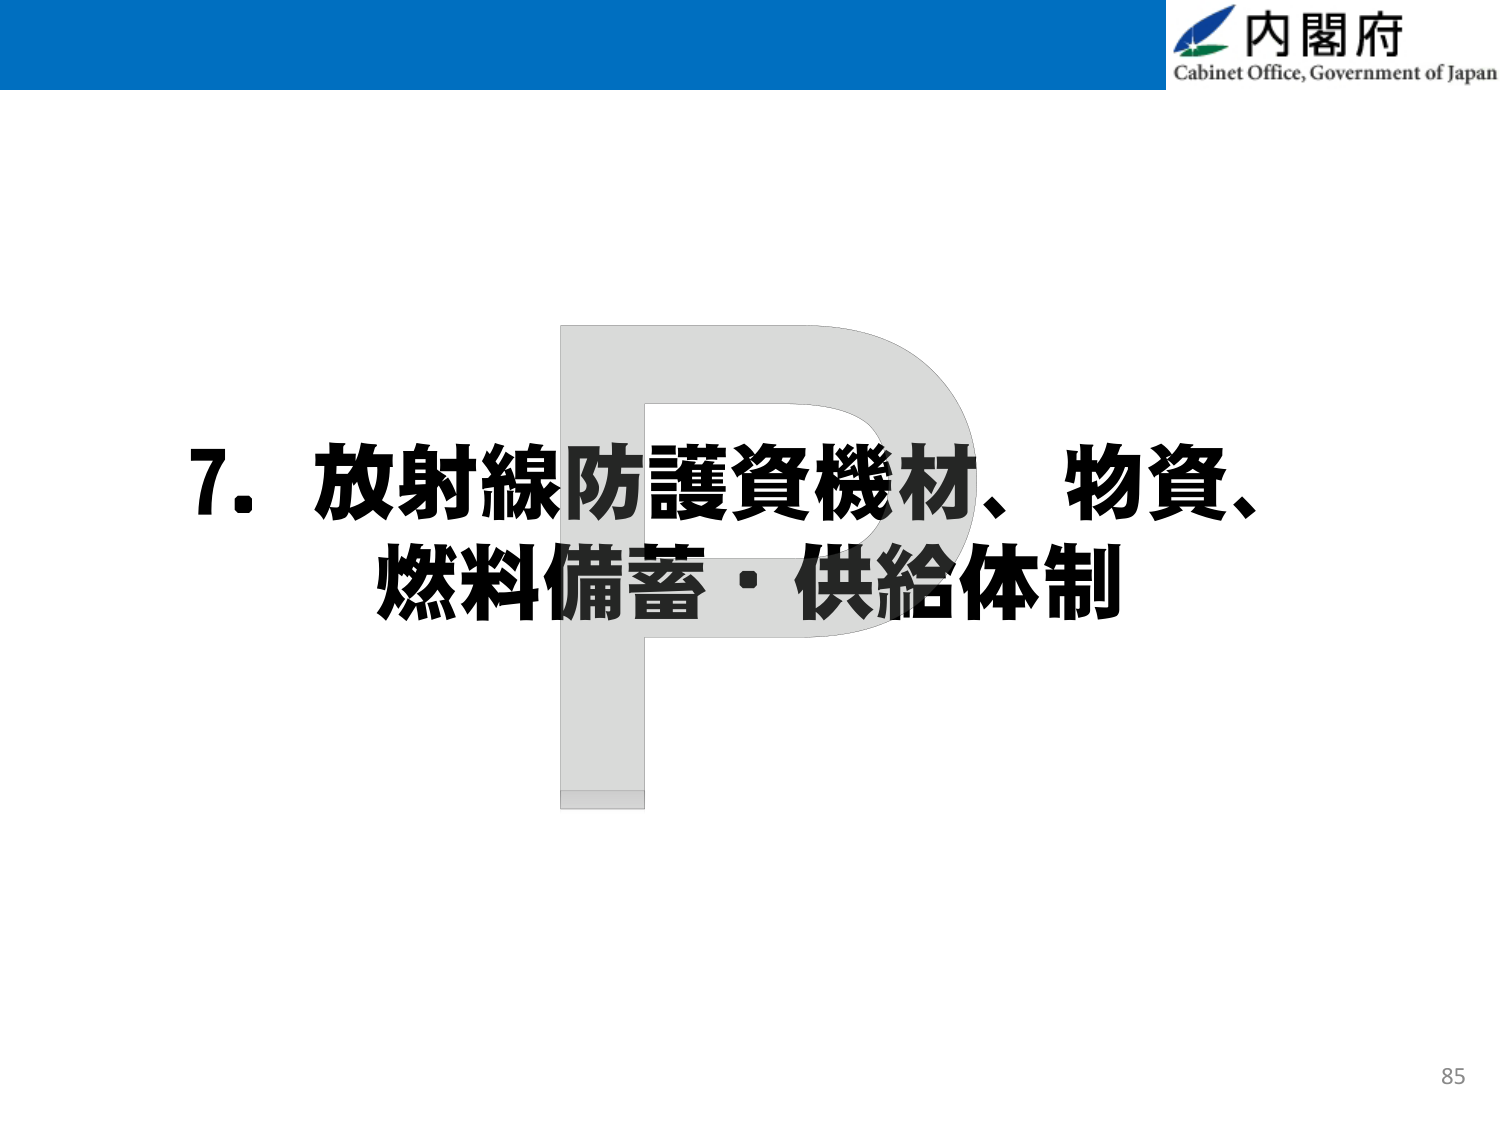
内閣府
Cabinet Office, Government of Japan
7. 放射線防護資機材、物資、
燃料備蓄・供給体制
85